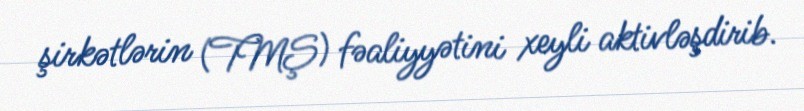
şirkətlərin (TMŞ) fəaliyyətini xeyli aktivləşdirib.